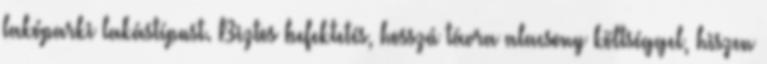
lakóparki lakástípust. Biztos befektetés, hosszú távra alacsony költséggel, hiszen